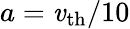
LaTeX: a=\mathit{v}_{\mathrm{{th}}}/10